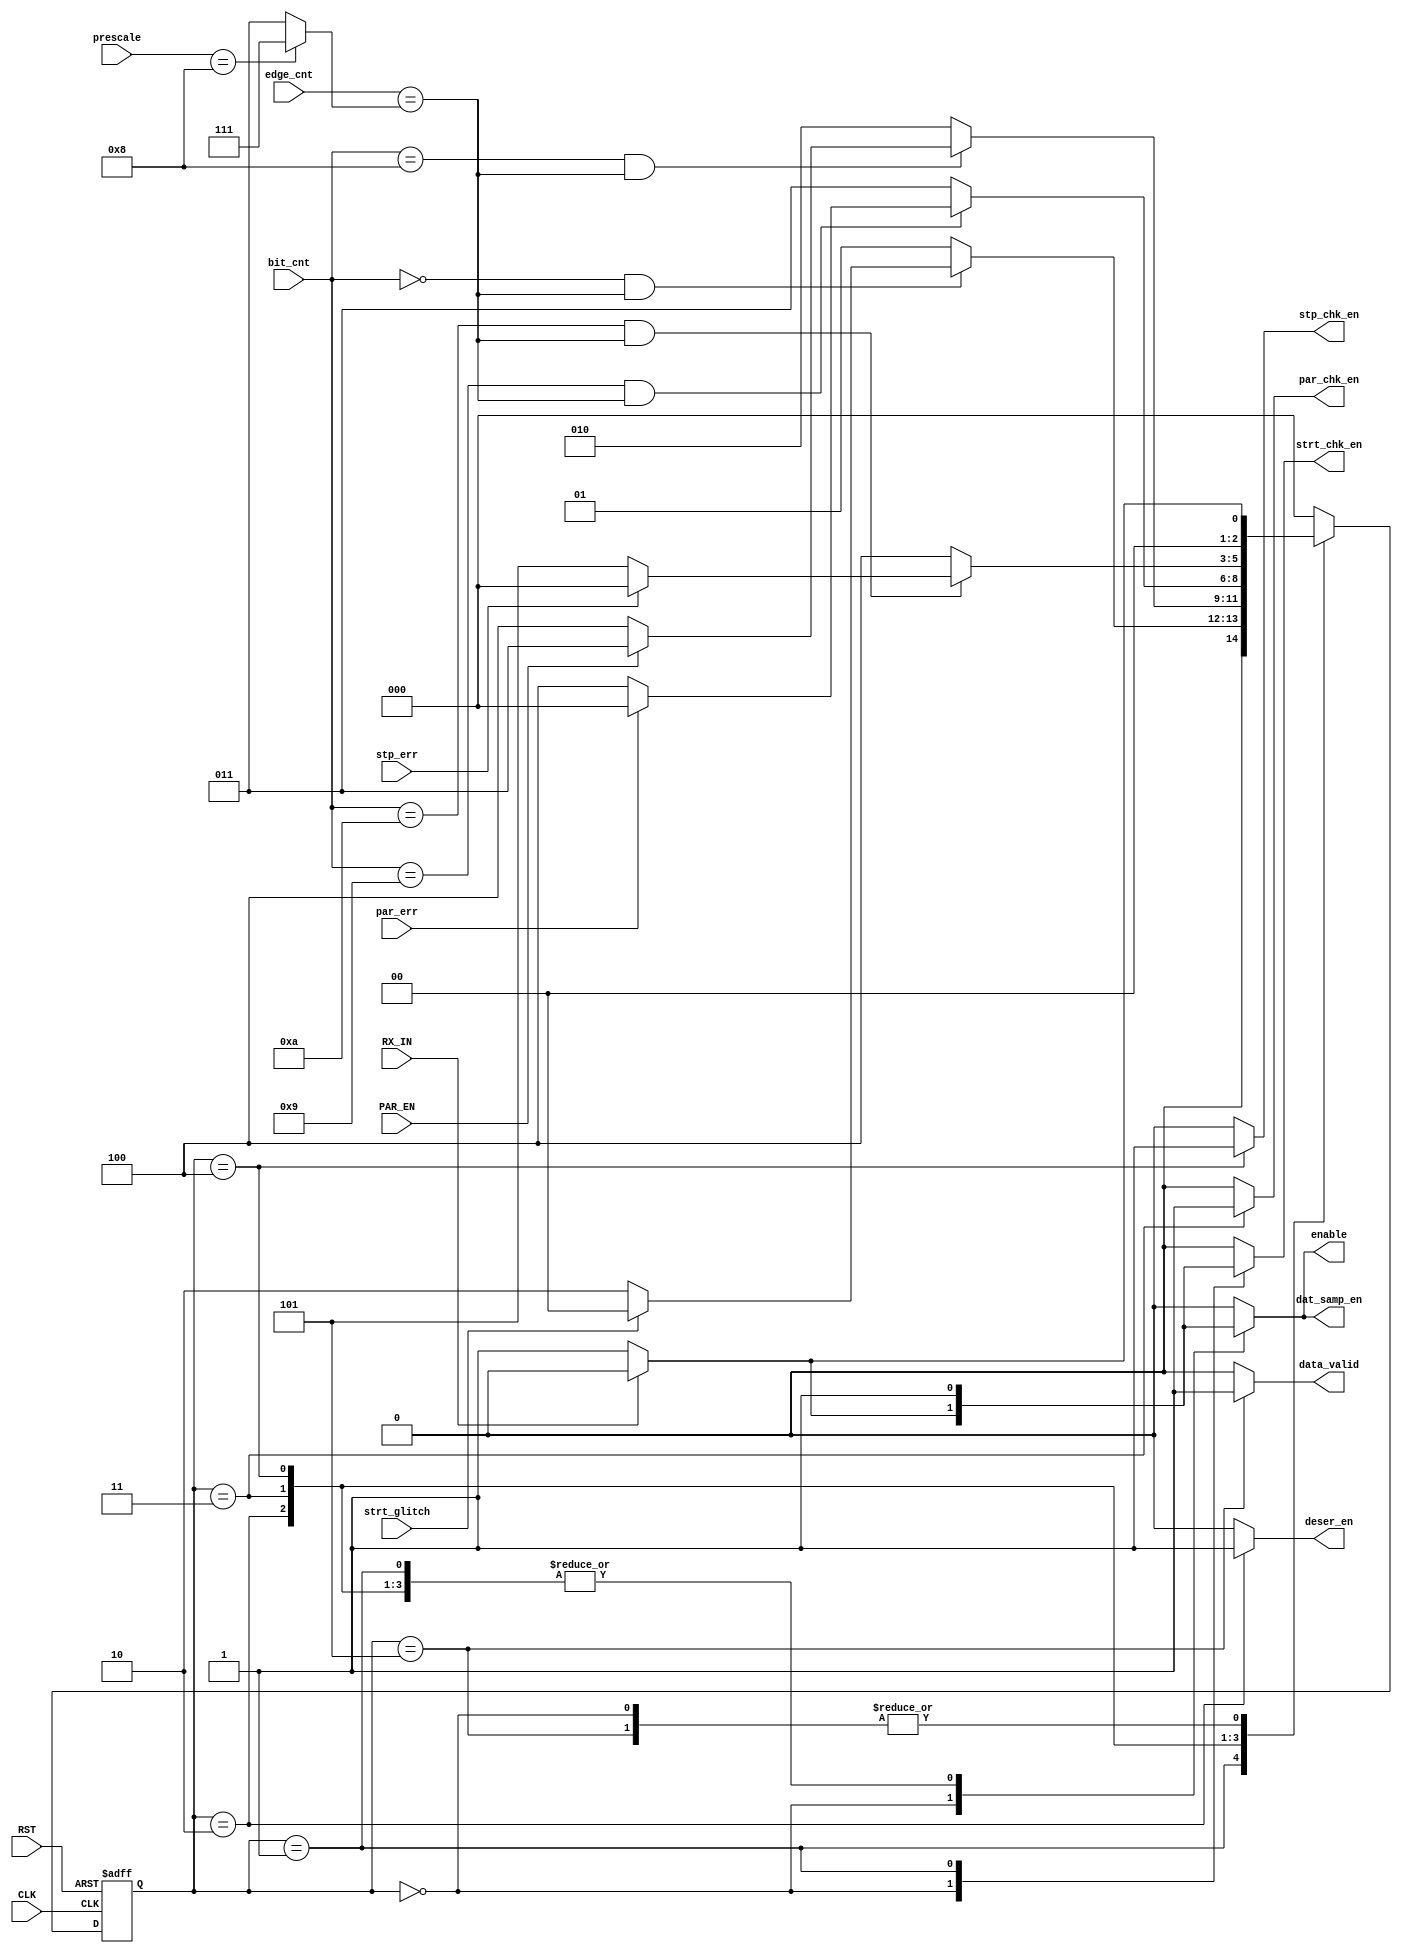
module FSM (
  input               PAR_EN, RX_IN, 
  input [4:0]	      prescale,
  input [3:0]	      bit_cnt,
  input [2:0]	      edge_cnt,
  input               par_err, strt_glitch, stp_err,
  input               CLK, RST,

  output reg          dat_samp_en, enable, deser_en, data_valid,
  output reg          stp_chk_en, strt_chk_en, par_chk_en
);

localparam [2:0]  IDLE 	= 3'b000,
                  START = 3'b001,
                  DATA 	= 3'b010,
                  PAR 	= 3'b011,
                  STOP 	= 3'b100,
                  VALID	= 3'b101;

reg [2:0] C_S, N_S;
reg [2:0] ed = 3'b000; 

always@(posedge CLK or negedge RST)
  begin
    if(!RST)
      C_S <= IDLE;
    else
      C_S <= N_S;
  end

always @ (*) begin
      dat_samp_en = 1'b0;
      enable = 1'b0;
      deser_en = 1'b0;
      data_valid = 1'b0;
      stp_chk_en = 1'b0;
      strt_chk_en = 1'b0;
      par_chk_en = 1'b0;
  if (prescale == 5'b01000) begin
    ed = 3'b111;
  end
  else begin
    ed = 3'b011;
  end
  case (C_S)
    IDLE:begin
      dat_samp_en = 1'b0;
      enable = 1'b0;
      deser_en = 1'b0;
      data_valid = 1'b0;
      stp_chk_en = 1'b0;
      strt_chk_en = 1'b0;
      par_chk_en = 1'b0;
      if (!RX_IN) begin
        strt_chk_en = 1'b1;
        enable = 1'b1;
        dat_samp_en = 1'b1;
        N_S = START;
      end
      else begin
        N_S = IDLE;
      end
    end

    START: begin
      dat_samp_en = 1'b1;
      enable = 1'b1;
      deser_en = 1'b0;
      data_valid = 1'b0;
      stp_chk_en = 1'b0;
      strt_chk_en = 1'b1;
      par_chk_en = 1'b0;
      if(bit_cnt == 4'b0000 && edge_cnt == ed) begin
       if (!strt_glitch) begin 
        N_S = DATA;
       end
       else begin
	N_S = IDLE;
       end
      end
      else begin
       N_S = START;
      end
    end

    DATA: begin
      dat_samp_en = 1'b1;
      data_valid = 1'b0;
      stp_chk_en = 1'b0;
      enable = 1'b1;
      strt_chk_en = 1'b0;
      deser_en = 1'b1;
      par_chk_en = 1'b0;
      if(bit_cnt == 4'b1000 && edge_cnt == ed) begin
       if (PAR_EN) begin
	N_S = PAR;
       end
       else begin
	N_S = STOP;
       end
      end
      else begin
	N_S = DATA;
      end
    end

    PAR: begin
      dat_samp_en = 1'b1;
      data_valid = 1'b0;
      stp_chk_en = 1'b0;
      enable = 1'b1;
      strt_chk_en = 1'b0;
      deser_en = 0;
      par_chk_en = 1'b1;
      if(bit_cnt == 4'b1001 && edge_cnt == ed) begin
       if (!par_err) begin
	N_S = STOP;
       end
       else begin
	N_S = IDLE;
       end
      end
      else begin
       N_S = PAR;
      end    
    end

    STOP: begin
      dat_samp_en = 1'b1;
      data_valid = 1'b0;
      enable = 1'b1;
      strt_chk_en = 1'b0;
      deser_en = 0;
      par_chk_en = 1'b0;
      stp_chk_en = 1'b1;
      if(bit_cnt == 4'b1010 && edge_cnt == ed) begin
       if (!stp_err) begin
	N_S = VALID;
       end
       else begin
	N_S = IDLE;
       end
      end
      else begin
       N_S = STOP;
      end 
    end

    VALID: begin
      strt_chk_en = 1'b0;
      deser_en = 0;
      par_chk_en = 1'b0;
      enable = 1'b0;
      dat_samp_en = 1'b0;
      data_valid = 1'b1;
      stp_chk_en = 1'b0;
      if (!RX_IN) begin
	N_S = START;
      end
      else begin
	N_S = IDLE;
      end
    end

    default: N_S = IDLE;
  endcase
end

endmodule //FSM